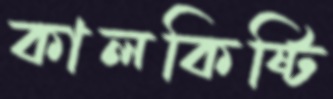
কালকিষ্টি